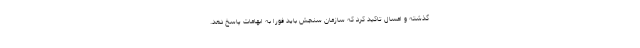
گذشته و امسال تاکید کرد که سازمان سنجش باید فورا به ابهامات پاسخ دهد.